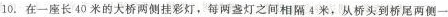
10.在一座长40米的大桥两侧挂彩灯，每两盏灯之间相隔4米，从桥头到桥尾两侧一